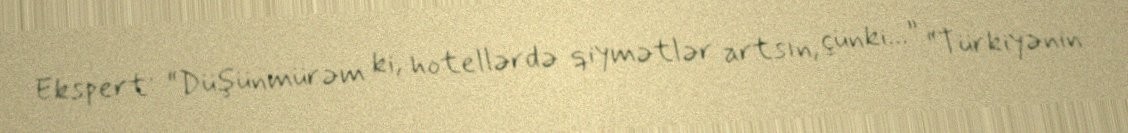
Ekspert: “Düşünmürəm ki, hotellərdə qiymətlər artsın, çünki...” “Türkiyənin